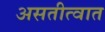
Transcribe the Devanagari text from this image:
असतीत्वात